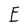
Character: E